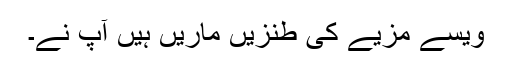
ویسے مزیے کی طنزیں ماریں ہیں آپ نے۔